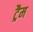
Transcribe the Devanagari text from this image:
ट्रैम